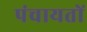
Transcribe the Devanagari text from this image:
पंचायताें